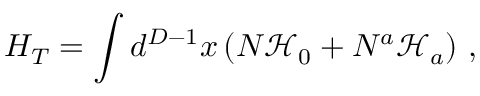
H _ { T } = \int d ^ { D - 1 } x \left( N \mathcal { H } _ { 0 } + N ^ { a } \mathcal { H } _ { a } \right) \, ,